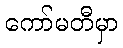
ကော်မတီမှာ